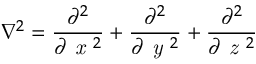
\nabla ^ { 2 } = \frac { \partial ^ { 2 } } { \partial \textit { x } ^ { 2 } } + \frac { \partial ^ { 2 } } { \partial \textit { y } ^ { 2 } } + \frac { \partial ^ { 2 } } { \partial \textit { z } ^ { 2 } }